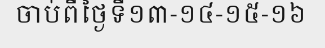
ចាប់ពីថ្ងៃទី១៣-១៤-១៥-១៦